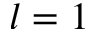
l = 1